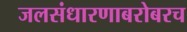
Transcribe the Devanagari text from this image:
जलसंधारणाबरोबरच